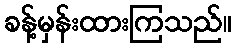
ခန့်မှန်းထားကြသည်။